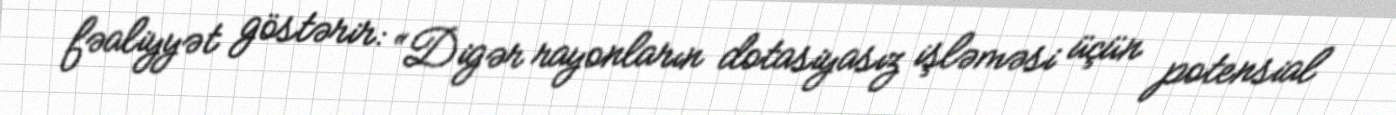
fəaliyyət göstərir: “Digər rayonların dotasiyasız işləməsi üçün potensial